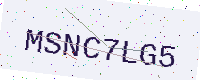
Text: MSNC7LG5